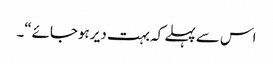
اس سے پہلے کہ بہت دیر ہوجائے“۔